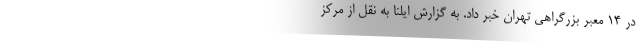
در ۱۴ معبر بزرگراهی تهران خبر داد. به گزارش ایلنا به نقل از مرکز